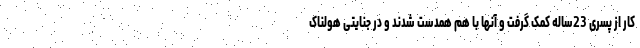
کار از پسری 23ساله کمک گرفت و آنها با هم همدست شدند و در جنایتی هولناک